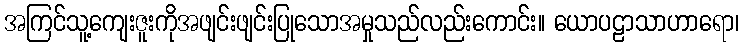
အကြင်သူ့ကျေးဇူးကိုအဖျင်းဖျင်းပြုသောအမှုသည်လည်းကောင်း။ ယောပဠာသာဟာရော၊